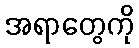
အရာတွေကို